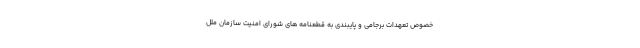
خصوص تعهدات برجامی و پایبندی به قطعنامه های شورای امنیت سازمان ملل